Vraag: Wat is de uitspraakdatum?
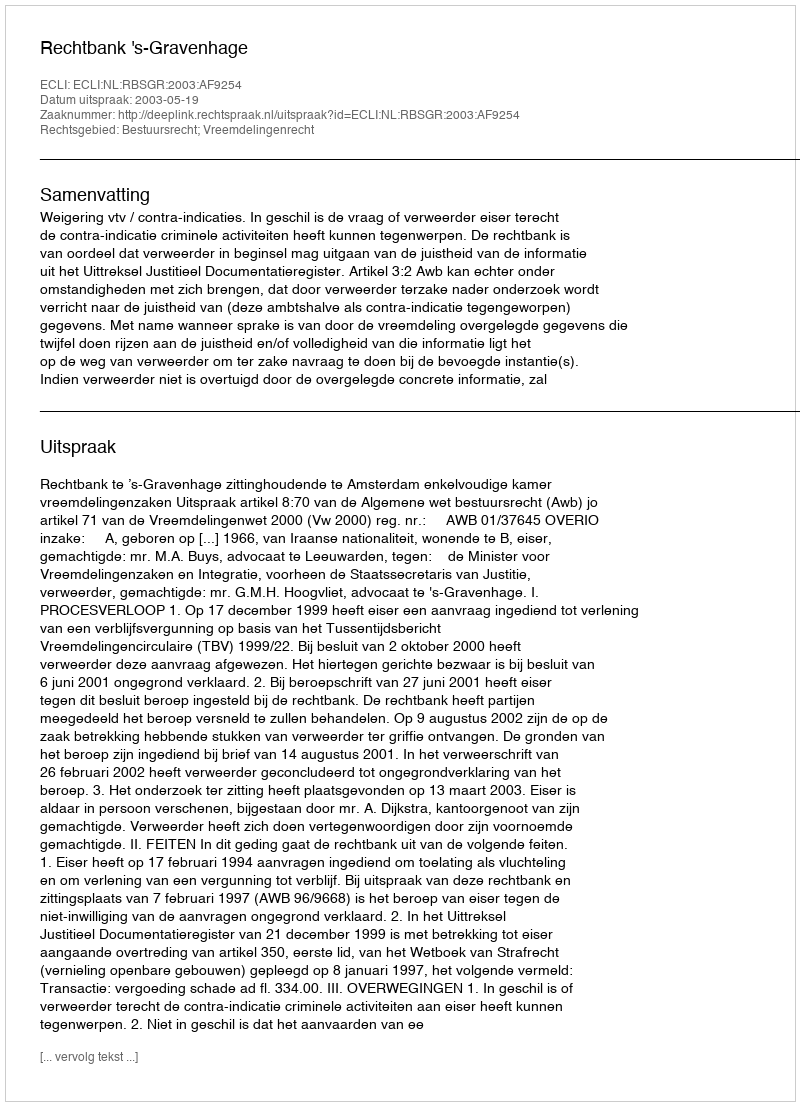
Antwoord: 2003-05-19